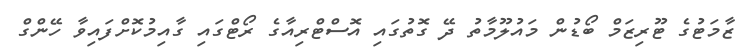
ޒާމަޓުގެ ޓޫރިޒަމް ބޯޑުން މައުލޫމާތު ދޭ ގޮތުގައި އޮސްޓްރިއާގެ ރޯޓްގައި ގާއިމުކޮށްފައިވާ ހޭންގް